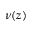
\nu ( z )